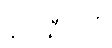
နပ္ပသီဒတိ